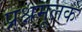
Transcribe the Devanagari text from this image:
प्रश्नमूलक